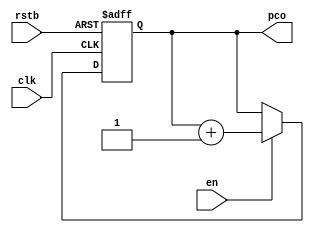
// Written by Jyoti Sachdeva, Gandhi Puvvada, July 18, 2010
 
// This design supports SUB3, ADD4, ADD1, and MOV instructions.
// It also supports carrying the complete 32-bit instruction through
// the pipeline to support reverse assembly and forming the Time-Space diagram.
//-------------------------
`timescale 1 ns / 100 ps
module pc (en,clk,rstb,pco);
input en,clk,rstb;
output reg [7:0] pco;
always @ (posedge clk, negedge rstb)
if (rstb == 1'b0)
begin
    pco <= 0;
end 
else if (en)
begin
    pco <= pco + 1;
end
endmodule
//-------------------------
`timescale 1 ns / 100 ps
module ins_mem(a,d_out);
input [5:0]a;
output [31:0]d_out;
reg [31:0] memory [0:63];
assign d_out = memory[a];
endmodule
//-------------------------
`timescale 1 ns / 100 ps
module pipe_if_id_P1(rstb,clk,en,id_za,id_ya,id_xa,id_ra,run,instr_in,instr_out);
    input rstb,clk,en;
    input [31:0]instr_in;  output reg [31:0]instr_out;
    output reg [3:0] id_za,id_ya,id_xa,id_ra;
    output reg run;
    always @(posedge clk, negedge rstb)
	  begin
		if (rstb == 1'b0)
		  begin
			id_za<= 4'b0000;
			id_ya<= 4'b0000;
			id_xa<= 4'b0000;
			id_ra<= 4'b0000;
			run<= 0;
			instr_out <= 32'h00000000;
		  end
		else if (en)
		  begin
		   id_xa <= instr_in[3:0];
		   id_ya <= instr_in[7:4];
		   id_za <= instr_in[11:8];
		   id_ra <= instr_in[15:12] ;
		   run <= instr_in[31]; //  1 = ADD; 0 = NOP
		   instr_out <= instr_in;
		  end 
	  end
endmodule
//-------------------------
`timescale 1 ns / 100 ps
module pipe_if_id_P3(rstb,clk,en,id_xa,id_ra,add1,add4,sub3,mov,instr_in,instr_out);
    input rstb,clk,en;
    input [31:0]instr_in; output reg [31:0]instr_out;
    output reg [3:0] id_xa,id_ra;
    output reg add1,add4,sub3,mov;
    always @(posedge clk, negedge rstb)
    if (rstb == 1'b0)
    begin
        id_xa<= 4'b0000;
        id_ra<= 4'b0000;
        add1<= 0;add4<= 0;sub3<= 0;mov<= 0;
		instr_out <= 32'h00000000;
    end
    else if (en)
    begin
       id_xa <= instr_in[3:0];
       id_ra <= instr_in[7:4] ;
       add1 <= instr_in[28]; //  instr_in[28] = 1 => ADD1;
       add4 <= instr_in[29]; //  instr_in[29] = 1 => ADD4;
       sub3 <= instr_in[30]; //  instr_in[30] = 1 => SUB3;
	   mov  <= instr_in[31]; //  instr_in[31] = 1 => MOV;
	   instr_out <= {instr_in[31:28],20'h00000,instr_in[7:0]};
    end  
endmodule
//-------------------------
`timescale 1 ns / 100 ps
module register_file (r1a,r2a,r3a,wa,wd,reg_write,r1d,r2d,r3d,clk);
    input clk,reg_write;
	input [3:0]r1a,r2a,r3a,wa;
	input [15:0] wd;
    output[15:0] r1d,r2d,r3d;
    
    reg [15:0] reg_file [0:15] ;
    
	assign r1d = reg_file[r1a];
    assign r2d = reg_file[r2a];
    assign r3d = reg_file[r3a];
		
    always @(negedge clk)
    begin
        if (reg_write)
        begin
           reg_file[wa] <= wd;
        end
    end
// This register file writes in the middle of the clock
// (i.e. on the negative edges of the SYS_CLK) so that
// the internal forwarding becomes automatic.
endmodule
//-------------------------
`timescale 1 ns / 100 ps
module pipe_reg2(rstb,clk,en,
vec16_in1,vec16_in2,vec16_in3,vec16_out1,vec16_out2,vec16_out3,
vec4_in1,vec4_in2,vec4_out1,vec4_out2,
bit_in1,bit_in2,bit_in3,bit_in4,bit_in5,bit_in6,bit_out1,bit_out2,bit_out3,bit_out4,bit_out5,bit_out6,instr_in,instr_out);

input rstb,clk,en;
input [15:0] vec16_in1,vec16_in2,vec16_in3;
input [3:0] vec4_in1,vec4_in2;
input bit_in1,bit_in2,bit_in3,bit_in4,bit_in5,bit_in6;
output reg  [15:0] vec16_out1,vec16_out2,vec16_out3;
output reg [3:0] vec4_out1,vec4_out2;
output reg bit_out1,bit_out2,bit_out3,bit_out4,bit_out5,bit_out6;
input [31:0]instr_in; output reg [31:0]instr_out;

always @ (posedge clk, negedge rstb)
 begin
    if (rstb == 1'b0)
	  begin
		vec16_out1 <= 16'h0000;
		vec16_out2 <= 16'h0000;
		vec16_out3 <= 16'h0000;
		vec4_out1 <= 4'b0000; 
		vec4_out2 <= 4'b0000; 
		bit_out1 <= 1'b0;
		bit_out2 <= 1'b0;
		bit_out3 <= 1'b0;
		bit_out4 <= 1'b0;
		bit_out5 <= 1'b0;
		bit_out6 <= 1'b0;
		instr_out <= 32'h00000000;
      end
    else if (en)
	  begin
		vec16_out1 <= vec16_in1;
		vec16_out2 <= vec16_in2;
		vec16_out3 <= vec16_in3;
		vec4_out1 <= vec4_in1;
		vec4_out2 <= vec4_in2;
		bit_out1 <= bit_in1;
		bit_out2 <= bit_in2;
		bit_out3 <= bit_in3;
		bit_out4 <= bit_in4;
		bit_out5 <= bit_in5;	
		bit_out6 <= bit_in6;
		instr_out <= instr_in;		
	  end
 end
endmodule
//-------------------------
`timescale 1 ns / 100 ps
module comp_station_P1(ex2_ra,ex1_ra,id_za,id_ya,id_xa,zmex2,ymex2,xmex2,zmex1,ymex1,xmex1);
input [3:0] ex2_ra,ex1_ra,id_za,id_ya,id_xa ;
output reg  zmex2,ymex2,xmex2,zmex1,ymex1,xmex1;

always @(ex2_ra,ex1_ra,id_za,id_ya,id_xa) 
	begin: combinational_block
		// default assignments
		zmex2 <= 1'b0;
		ymex2 <= 1'b0;
		xmex2 <= 1'b0;
		zmex1 <= 1'b0;
		ymex1 <= 1'b0;
		xmex1 <= 1'b0;
		// conditional over-riding of the default assignments
		if (ex2_ra == id_za)	zmex2 <= 1'b1;
		if (ex1_ra == id_za)	zmex1 <= 1'b1;
		if (ex2_ra == id_ya)	ymex2 <= 1'b1;
		if (ex1_ra == id_ya)	ymex1 <= 1'b1;
		if (ex2_ra == id_xa)	xmex2 <= 1'b1;
		if (ex1_ra == id_xa)	xmex1 <= 1'b1;
	end
endmodule
//-------------------------
`timescale 1 ns / 100 ps
module comp_station_P3(ex2_ra,ex1_ra,id_xa,xmex2,xmex1);
input [3:0] ex2_ra,ex1_ra,id_xa ;
output reg  xmex2,xmex1;

always @(ex2_ra,ex1_ra,id_xa) 
	begin: combinational_block
		// default assignments
		xmex2 <= 1'b0;
		xmex1 <= 1'b0;
		// conditional over-riding of the default assignments
		if (ex2_ra == id_xa)	xmex2 <= 1'b1;
		if (ex1_ra == id_xa)	xmex1 <= 1'b1;
	end
endmodule
//-------------------------